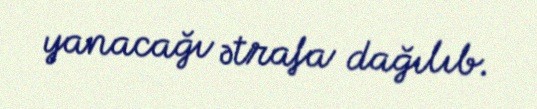
yanacağı ətrafa dağılıb.